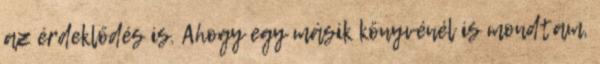
az érdeklődés is. Ahogy egy másik könyvénél is mondtam,